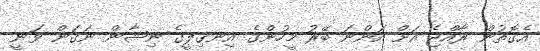
އެގޮތުން ރާއްޖެ އަށް އަންނަ ބޭރު މީހުންގެ އިނގިލީގެ ނިޝާން ނަގަން ވަނީ